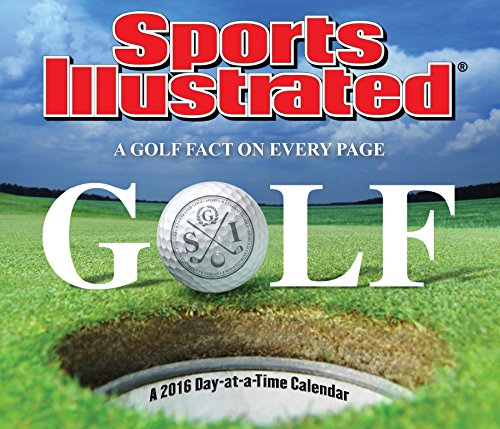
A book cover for Sports Illustrated Golf Day At A Time 2016 Box Calendar; Trends International; Calendars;